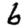
Digit: 6